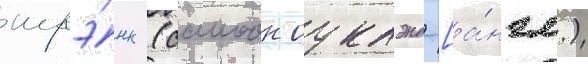
шрэ́нк (саимон оуклэнд [а́нгл.)